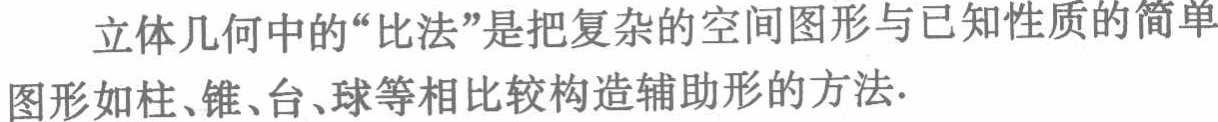
立体几何中的“比法”是把复杂的空间图形与已知性质的简单图形如柱、锥、台、球等相比较构造辅助形的方法.